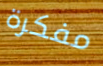
مفكرة